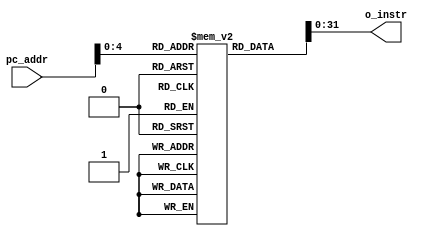
`timescale 1ns / 1ps
//////////////////////////////////////////////////////////////////////////////////
// Company: 
// Engineer: 
// 
// Design Name: 
// Module Name: Instr_mem
// Project Name: 
// Target Devices: 
// Tool Versions: 
// Description: 
// 
// Dependencies: 
// 
// Revision:
// Revision 0.01 - File Created
// Additional Comments:
// 
//////////////////////////////////////////////////////////////////////////////////
module instr_mem( input [31:0] pc_addr, 
                  output [31:0] o_instr); 
	
	reg [32:0] rom[24:0];
	
		assign  o_instr =  rom[pc_addr[31:0]] ; // provides required instruction

	initial 
		begin 
		         ///opcode/ /rs/  /rt/   rd///shamt///funct//
		rom[0] = 32'b000000_00001_00010_01100_00000_100000;  //add rd[12] rs[1] rt[2];
		rom[1] = 32'b000000_00101_00011_01011_00000_100101;  //or rd[11] rs[5] rt[3];
		rom[2] = 32'b000000_01000_00101_01101_00000_100100;  //
		rom[3] = 32'b000000_01000_00101_01101_00000_100100;  //
		rom[4] = 32'b000000_01000_00101_01101_00000_100100;  //and Rd[13] Rs[8] Rt[5]
		rom[5] = 32'b000000_00000_00000_00000_00000_000000;	
		rom[6] = 32'b00000000000000000000000000000000; 
		rom[7] = 32'b00000000000000000000000000000000;  
		rom[8] = 32'b101001_01110_00000_0000010001111100;  //add_immediate == in Rt[0] = Rs[14]+imm(1148)/// 
		rom[9] = 32'b00000000000000000000000000000000; 
		rom[10] = 32'b00000000000000000000000000000000;  
		rom[11] = 32'b00000000000000000000000000000000;  
		rom[12] = 32'b101011_00101_00100_0000000000000001; ///store word (mem[$rs[]+offset] <= rt[]) , 
		rom[13] = 32'b00000000000000000000000000000000;  
		rom[14] = 32'b00000000000000000000000000000000;
		rom[15] = 32'b00000000000000000000000000000000;
		rom[16] = 32'b100011_11000_00010_0000000000000010; ///load word $dest((rt)) <= mem(offset($rs[])) ..
		rom[17] = 32'b00000000000000000000000000000000;  
		rom[18] = 32'b00000000000000000000000000000000;
		rom[19] = 32'b00000000000000000000000000000000;
		rom[20] = 32'b000000_00010_00000_11001_00000_100000; ///r-type add  rd-> rs(24) + rt(2)  here 24 and 2 are the address locations of source register operands// 
		rom[21] = 32'b100011_11000_00010_0000000000000010; ///load word $dest((rt)) , offset($rs) ..
		rom[22] = 32'b00000000000000000000000000000000;  
		rom[23] = 32'b00000000000000000000000000000000;
		rom[24] = 32'b000010_00000000000000000000000010;
		//rom[20] = 32'b000000_00010_00000_11001_00000_100000; ///r-type add  rd-> rs(24) + rt(2)  here 24 and 2 are the address locations of source register operands// 
		
		end 
	
endmodule

/*module Instr_mem
	#(
		parameter RAM_WIDTH 		= 32,
		parameter RAM_ADDR_BITS 	= 32,
		parameter PROG_FILE 		= "instruction_add.txt",
		parameter INIT_START_ADDR 	= 0,
		parameter INIT_END_ADDR		= 2
	)
	(
	input							clk,
	input							enable,
	input							write_en,
   input 		[RAM_ADDR_BITS-1:0]	address,
   input 		[RAM_WIDTH-1:0] 	input_data,
	output reg 	[RAM_WIDTH-1:0] 	output_data
	);
	
   
   (* RAM_STYLE="BLOCK" *)
   reg [RAM_WIDTH-1:0] mem [(2**RAM_ADDR_BITS)-1:0];


   //  The forllowing code is only necessary if you wish to initialize the RAM 
   //  contents via an external file (use $readmemb for binary data)
   initial
      $readmemh(PROG_FILE, mem, INIT_START_ADDR, INIT_END_ADDR);

   always @(posedge clk)
      if (enable) begin
         if (write_en)
            mem[address] <= input_data;
         output_data <= mem[address>>2];
      end

endmodule
*/



/*`define INSTR_WIDTH 32
`define INSTR_DEPTH 3
module Instr_mem(i_clk , enable  , i_pc , o_instr);
///parameter HEX_PATH = "instruction_add.txt";  // Set to local dir
input i_clk ;
input enable ;
input [`INSTR_WIDTH-1:0] i_pc ;
output  reg [`INSTR_WIDTH-1:0] o_instr ;


///program memory//
reg[`INSTR_WIDTH-1:0] mem[0:`INSTR_DEPTH-1] ;

initial
begin

      $readmemb("instruction_add.txt", mem, 0, (2**INSTR_DEPTH)-1);
end
   always @(posedge i_clk)
      if (enable)
         o_instr <= mem[i_pc>>2];
				
	// parameter ROM_WIDTH = <rom_width>;
 //  parameter ROM_ADDR_BITS = <rom_addr_bits>;

  // (* rom_style="{distributed | block}" *)
  // reg [ROM_WIDTH-1:0] <rom_name> [(2**ROM_ADDR_BITS)-1:0];
  // reg [ROM_WIDTH-1:0] <output_data>;

  // <reg_or_wire> [ROM_ADDR_BITS-1:0] <address>;

 			

  
  
  
endmodule
*/